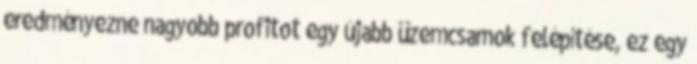
eredményezne nagyobb profitot egy újabb üzemcsarnok felépítése, ez egy